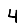
Digit: 4